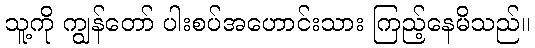
သူ့ကို ကျွန်တော် ပါးစပ်အဟောင်းသား ကြည့်နေမိသည်။